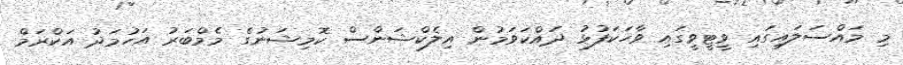
މި މައްސަލައިގައި ވީޓީވީގައި ވާހަކަފުޅު ދައްކަވަމުން އިލެކްޝަންސް ކޮމިޝަނުގެ މެމްބަރު އަހުމަދު އަކްރަމް